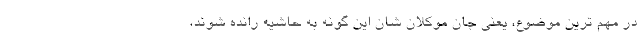
در مهم ترین موضوع، یعنی جان موکلان شان این گونه به حاشیه رانده شوند،